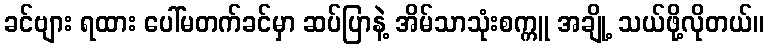
ခင်ဗျား ရထား ပေါ်မတက်ခင်မှာ ဆပ်ပြာနဲ့ အိမ်သာသုံးစက္ကူ အချို့ သယ်ဖို့လိုတယ်။